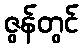
ဇွန်တွင်